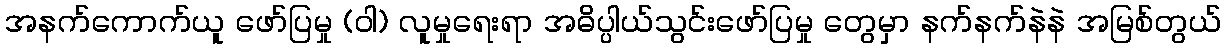
အနက်ကောက်ယူ ဖော်ပြမှု (ဝါ) လူမှုရေးရာ အဓိပ္ပါယ်သွင်းဖော်ပြမှု တွေမှာ နက်နက်နဲနဲ အမြစ်တွယ်